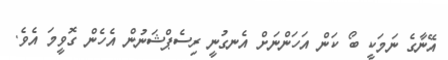
އޭނާގެ ނަމަކީ ބޯ ކަން އަހަންނަށް އެނގުނީ ރިސެޕްޝަނުން އެހެން ގޮވީމަ އެވެ.